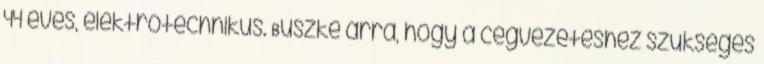
44 éves, elektrotechnikus. Büszke arra, hogy a cégvezetéshez szükséges